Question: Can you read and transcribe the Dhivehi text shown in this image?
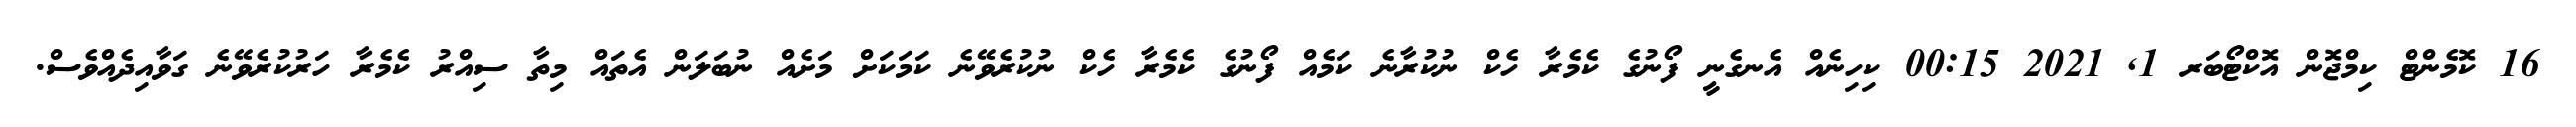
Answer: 16 ކޮމެންޓް ކިމްޖޮން އޮކްޓޯބަރ 1, 2021 00:15 ކިހިނެއް އެނގެނީ ފޯނުގެ ކެމެރާ ހެކް ނުކުރާނެ ކަމެއް ފޯނުގެ ކެމެރާ ހެކް ނުކުރެވޭނެ ކަމަކަށް މަށެއް ނުބަލަން އެތައް މިތާ ސިއްރު ކެމެރާ ހަރުކުރެވޭނެ ގަވާއިދެއްވެސް.